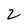
Character: 2